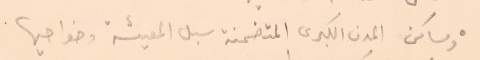
● ومساكن المدن الكبرى المتضمنة سبل المعيشة وضواحيها.